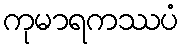
ကုမာရကဿပံ